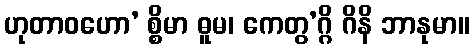
ဟုတာဝဟော’ စ္စိမာ ဓူမ၊ ကေတွ’ဂ္ဂိ ဂိနိ ဘာနုမာ။